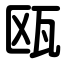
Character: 瓯